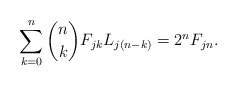
\begin{align*}\sum_{k=0}^{n} {n\choose k} F_{jk} L_{j(n-k)} = 2^n F_{jn}.\end{align*}